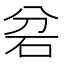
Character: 𮀎